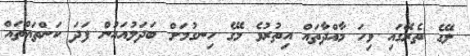
ލޭގެ ތެރޭގައި ވިހަ މާއްދާތައް އިތުރުވެ މޭގެ ހިނގުމަށް ބަދަލުއައުން ފަދަ ކަންތައްތައް